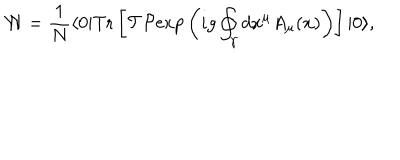
{ \cal W } = { \frac { 1 } { N } } \langle 0 | \mathrm { T r } \left[ { \cal T } { \cal P } \mathrm { e x p } \left( i g \oint _ { \gamma } d x ^ { \mu } A _ { \mu } ( x ) \right) \right] | 0 \rangle ,